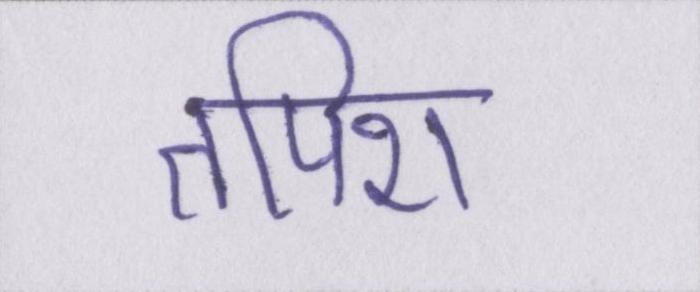
तपिश